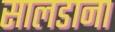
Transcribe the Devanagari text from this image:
सालडाना